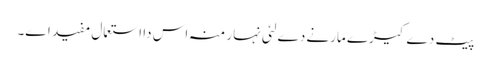
پیٹ دے کیڑے مارنے دے لئی نہار منہ اس دا استعمال مفید ا‏‏ے۔